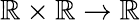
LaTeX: \mathbb{R}\times\mathbb{R}\rightarrow\mathbb{R}